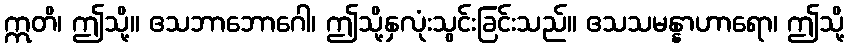
ဣတိ၊ ဤသို့။ ဧသဘာဘောဂေါ၊ ဤသို့နှလုံးသွင်းခြင်းသည်။ ဧသသမန္နာဟာရော၊ ဤသို့